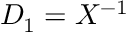
D _ { 1 } = X ^ { - 1 }